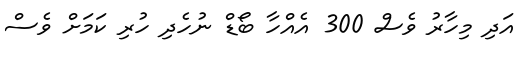
އަދި މިހާރު ވެސް 300 އެއްހާ ބޯޑް ނުހެދި ހުރި ކަމަށް ވެސް